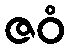
ဇဝံ